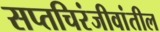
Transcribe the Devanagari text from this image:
सप्तचिरंजीवांतील